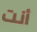
أنت